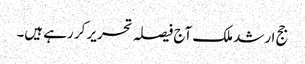
جج ارشد ملک آج فیصلہ تحریر کر رہے ہیں۔